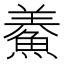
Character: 鯗